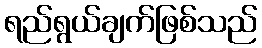
ရည်ရွယ်ချက်ဖြစ်သည်